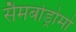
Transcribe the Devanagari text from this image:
सैमबोड्रोमो